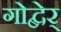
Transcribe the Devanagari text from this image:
गोद्बेर्